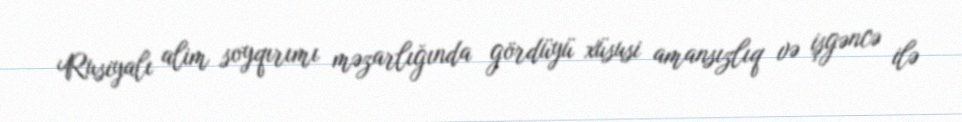
Rusiyalı alim soyqırımı məzarlığında gördüyü xüsusi amansızlıq və işgəncə ilə